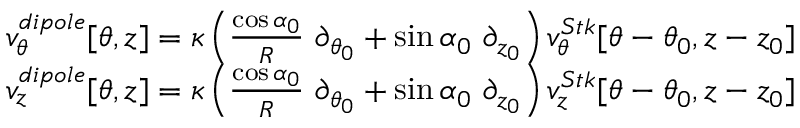
\begin{array} { r } { v _ { \theta } ^ { d i p o l e } [ \theta , z ] = \kappa \left( \frac { \cos \alpha _ { 0 } } { R } ~ \partial _ { \theta _ { 0 } } + \sin \alpha _ { 0 } ~ \partial _ { z _ { 0 } } \right) v _ { \theta } ^ { S t k } [ \theta - \theta _ { 0 } , z - z _ { 0 } ] } \\ { v _ { z } ^ { d i p o l e } [ \theta , z ] = \kappa \left( \frac { \cos \alpha _ { 0 } } { R } ~ \partial _ { \theta _ { 0 } } + \sin \alpha _ { 0 } ~ \partial _ { z _ { 0 } } \right) v _ { z } ^ { S t k } [ \theta - \theta _ { 0 } , z - z _ { 0 } ] } \end{array}